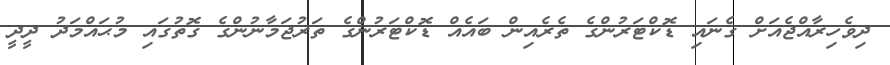
ދިވެހިރާއްޖެއަށް ގެނައި ޑޮކްޓަރުންގެ ތެރެއިން ބައެއް ޑޮކްޓަރުންގެ ތަރުޖަމާނުންގެ ގޮތުގައި މުޙައްމަދު ދީދީ